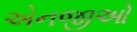
એનજીઓ